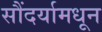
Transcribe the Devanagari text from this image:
सौंदर्यामधून